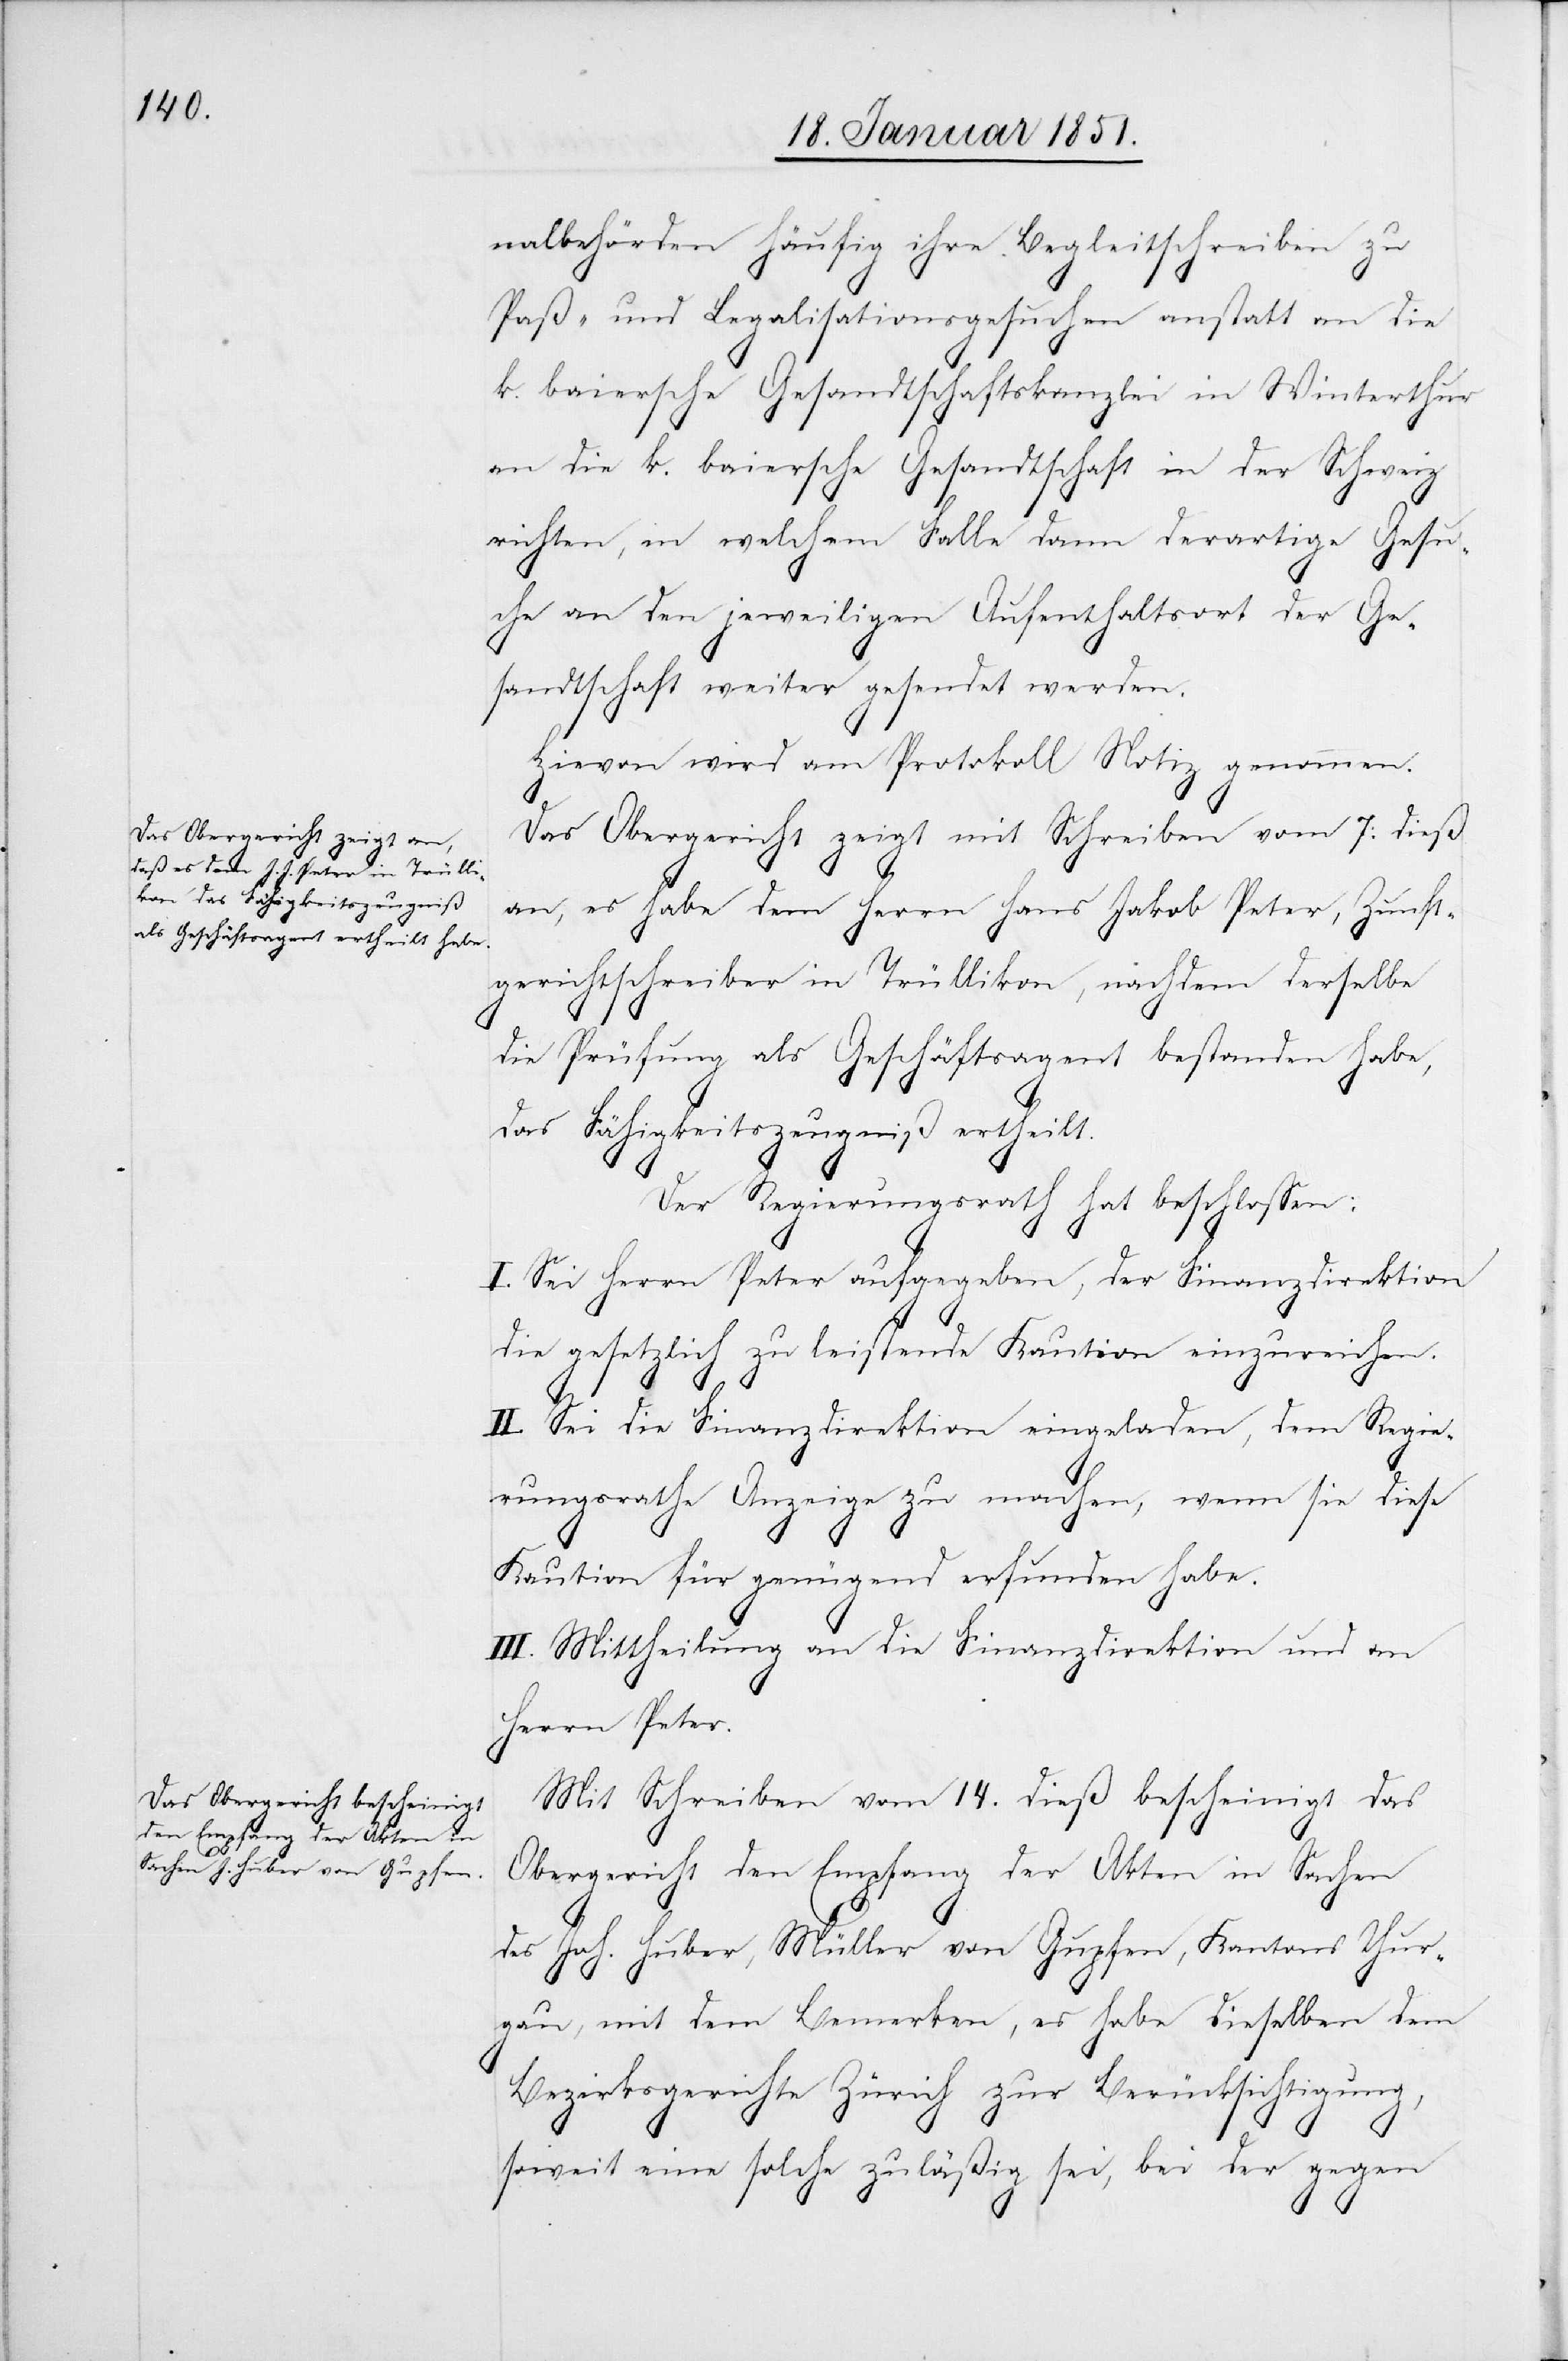
nalbehörden häufig ihre Begleitschreiben zu
Paß- und Legalisationsgesuchen anstatt an die
k. baiersche Gesandtschaftskanzlei in Winterthur
an die k. baiersche Gesandtschaft in der Schweiz
richten, in welchem Falle dann derartige Gesu¬
che an den jeweiligen Aufenthaltsort der Ge¬
sandtschaft weiter gesendet werden.
Hievon wird am Protokoll Notiz genommen.
Das Obergericht zeigt mit Schreiben vom 7. dieß
an, es habe dem Herrn Hans [sic!] Jakob Peter, Zunft¬
gerichtschreiber in Trüllikon, nachdem derselbe
die Prüfung als Geschäftsagent bestanden habe,
das Fähigkeitszeugniß ertheilt.
Der Regierungsrath hat beschlossen:
I. Sei Herrn Peter aufgegeben, der Finanzdirektion
die gesetzlich zu leistende Kaution einzureichen.
II. Sei die Finanzdirektion eingeladen, dem Regie¬
rungsrathe Anzeige zu machen, wenn sie diese
Kaution für genügend erfunden habe.
III. Mittheilung an die Finanzdirektion und an
Herrn Peter.
Mit Schreiben vom 14. dieß bescheinigt das
Obergericht den Empfang der Akten in Sachen
des Joh. Huber, Müller von Gupfen, Kantons Thur¬
gau, mit dem Bemerken, es habe dieselben dem
Bezirksgerichte Zürich zur Berücksichtigung,
soweit eine solche zuläßig sei, bei der gegen